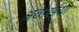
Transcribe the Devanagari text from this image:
अठभईया